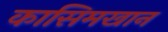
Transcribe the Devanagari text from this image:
कासिमखान